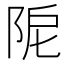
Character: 𨹖